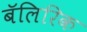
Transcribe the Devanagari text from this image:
बॅलिरिक